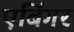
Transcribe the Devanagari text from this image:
एबिंगर